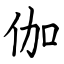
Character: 伽